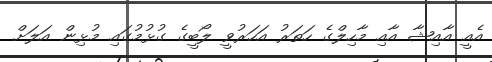
އެއީ އާއިޝާ އާއި މާހިލްގެ ހަތަރު އަހަރުވީ ލޯބީގެ ގުޅުމުގައި މުޅިން އަލަށް